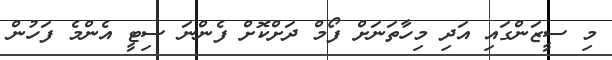
މި ސީޒަންގައި އަދި މިހާތަނަށް ފޯމް ދަށްކޮށް ފެންނަ ސިޓީ އެންމެ ފަހުން